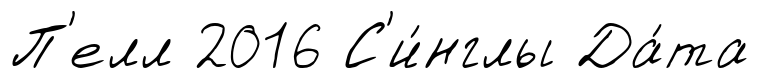
П'елл 2016 С'и́нглы Да́та